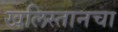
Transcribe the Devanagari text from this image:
खलिस्तानचा